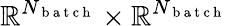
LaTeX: \mathbb{R}^{N_{\mathrm{~b~a~t~c~h~}}}\times\mathbb{R}^{N_{\mathrm{~b~a~t~c~h~}}}